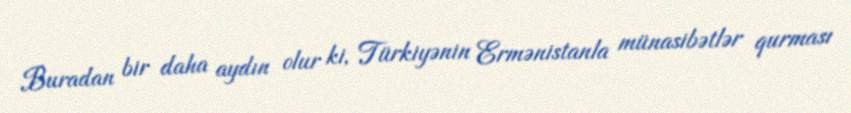
Buradan bir daha aydın olur ki, Türkiyənin Ermənistanla münasibətlər qurması